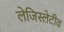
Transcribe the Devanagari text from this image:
लेजिस्लेटीव